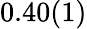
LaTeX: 0.40(1)